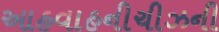
આહવાહનીચીઝની